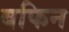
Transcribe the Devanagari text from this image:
बफिन